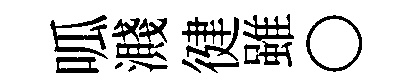
呱濺徤雖〇